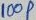
Text: 100P